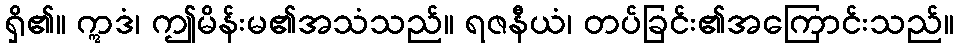
ရှိ၏။ ဣဒံ၊ ဤမိန်းမ၏အသံသည်။ ရဇနီယံ၊ တပ်ခြင်း၏အကြောင်းသည်။